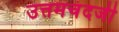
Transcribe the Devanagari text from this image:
उत्तमचंदजी